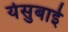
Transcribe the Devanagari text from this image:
येसुबाई